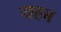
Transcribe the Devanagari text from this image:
यहब